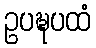
ဥပဍ္ဎပထံ